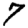
Digit: 7